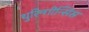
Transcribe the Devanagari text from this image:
थुरिन्गीन्सिस